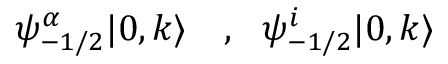
\psi _ { - 1 / 2 } ^ { \alpha } | 0 , k \rangle ~ ~ ~ , ~ ~ \psi _ { - 1 / 2 } ^ { i } | 0 , k \rangle